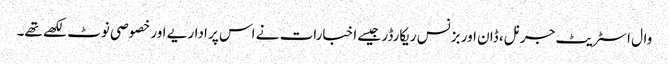
وال اسٹریٹ جرنل، ڈان اور بزنس ریکارڈر جیسے اخبارات نے اس پر اداریے اور خصوصی نوٹ لکھے تھے۔